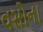
વસોના